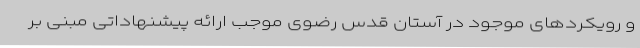
و رویکردهای موجود در آستان قدس رضوی موجب ارائه پیشنهاداتی مبنی بر